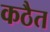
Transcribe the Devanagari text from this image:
कठैत